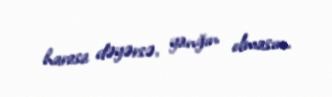
harasa dəyərsə, yanğın olmasın.